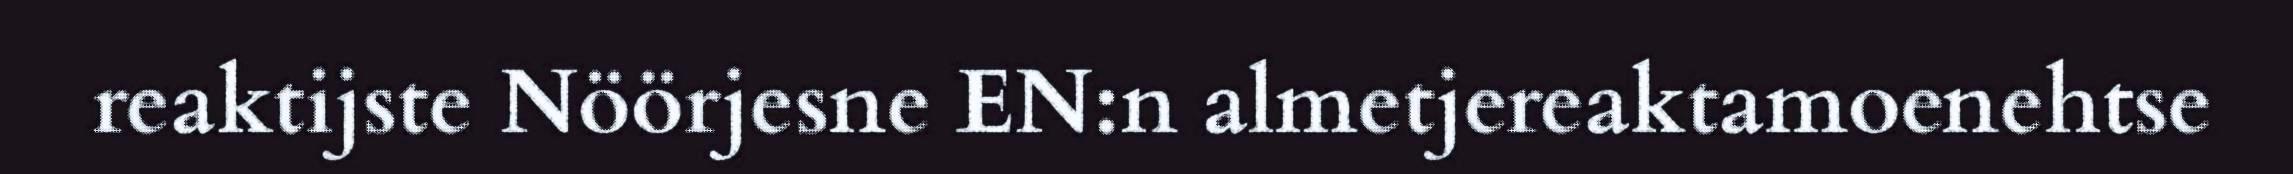
reaktijste Nöörjesne EN:n almetjereaktamoenehtse